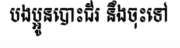
បងប្អូនបោះជ័រ នឹងចុះទៅ